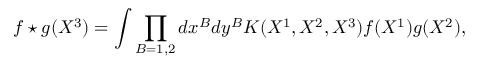
f \star g ( X ^ { 3 } ) = \int \prod _ { B = 1 , 2 } d x ^ { B } d y ^ { B } K ( X ^ { 1 } , X ^ { 2 } , X ^ { 3 } ) f ( X ^ { 1 } ) g ( X ^ { 2 } ) ,